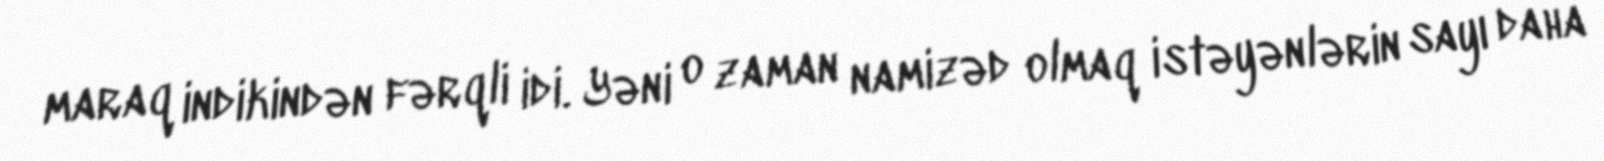
maraq indikindən fərqli idi. Yəni o zaman namizəd olmaq istəyənlərin sayı daha